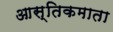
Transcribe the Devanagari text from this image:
आस्तिकमाता